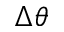
\Delta \theta